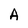
Character: A